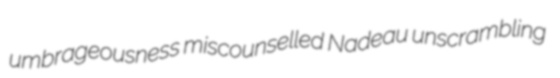
umbrageousness miscounselled Nadeau unscrambling